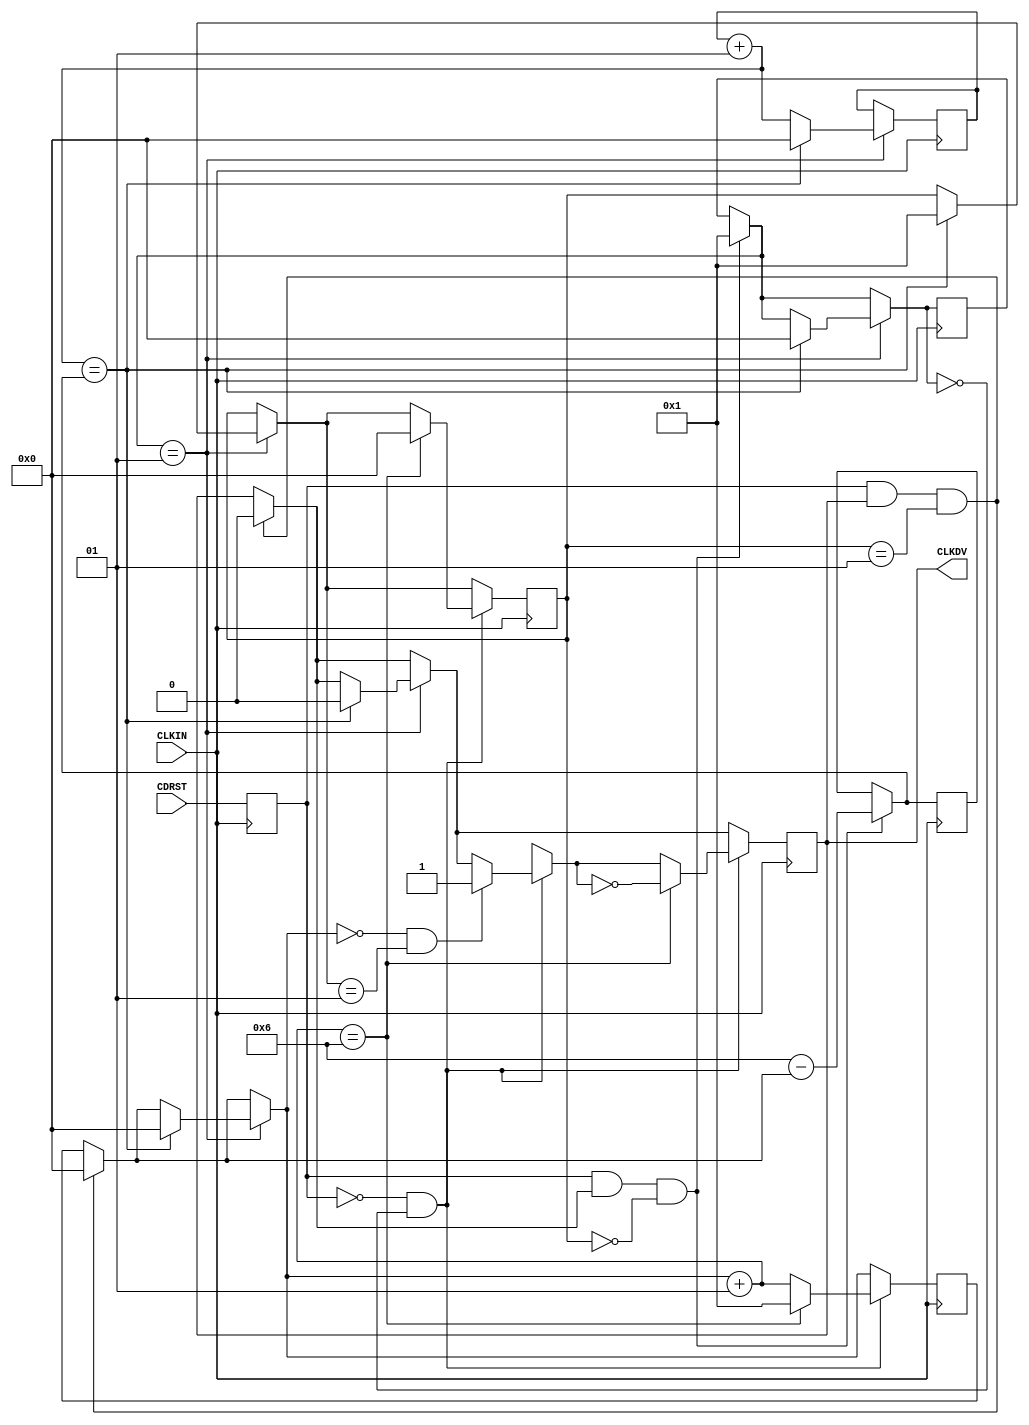
/* Clock divider CLK_DIV10R 
   August 10, 2001
   Apr 22, 2002 Changed CDRST to sensitive to negative edge of CLKIN
*/

`timescale 100 ps / 10 ps

module CLK_DIV10R (CLKDV,CDRST,CLKIN);

parameter DIVIDE_BY = 10;

input CDRST,CLKIN;
output CLKDV;
reg CLKDV;
reg CDRST_i;
integer CLOCK_DIVIDER;
integer RESET_WAIT_COUNT;
integer DELAY_RESET;
integer NO_BITS_REMAINING;
integer STARTUP;

initial begin
 CLOCK_DIVIDER = 0;
 RESET_WAIT_COUNT = 0;
 DELAY_RESET = 0;
 NO_BITS_REMAINING = 0;
 STARTUP = 1;
 CLKDV = 1'b0;
end

always @(negedge CLKIN)
begin
CDRST_i = CDRST;
end

always @(posedge CLKIN)
begin

if (CDRST_i && (CLKDV == 1'b1) && (STARTUP == 1))
begin
CLKDV = 1'b0;
CLOCK_DIVIDER = 0;
end
 
if (CDRST_i && (CLKDV == 1'b1) && (STARTUP == 0))
 begin
	NO_BITS_REMAINING = ((DIVIDE_BY/2 + 1) - CLOCK_DIVIDER);
	DELAY_RESET = 1 ;
 end

if (DELAY_RESET == 1)		
	begin
	RESET_WAIT_COUNT = RESET_WAIT_COUNT + 1;
		 if (RESET_WAIT_COUNT == NO_BITS_REMAINING)
 		 begin
			CLKDV = 1'b0;
			DELAY_RESET = 0;
			RESET_WAIT_COUNT = 0;
			STARTUP = 1;
			CLOCK_DIVIDER = 0;
		 end
	end

if (CDRST_i == 1'b0 && DELAY_RESET == 0 ) 
begin

if ((CLOCK_DIVIDER == 0) && (STARTUP == 1))
begin
CLKDV = 1'b1;
end

 CLOCK_DIVIDER = CLOCK_DIVIDER + 1;
	if (CLOCK_DIVIDER == (DIVIDE_BY/2 + 1)) 
	begin
	STARTUP = 0;
	CLKDV = ~CLKDV;
	CLOCK_DIVIDER = 1;
	end
 end

end

endmodule